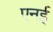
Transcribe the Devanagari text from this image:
एनई